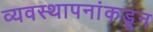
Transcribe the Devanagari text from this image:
व्यवस्थापनांकडून